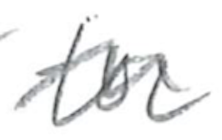
Text: for
Cross-out: wave
Writing tool: pencil